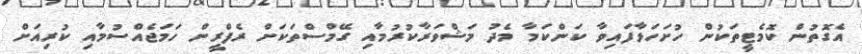
އެގޮތުން ކޮމެޓީތަކުން ހުށަހަޅާފައިވާ ކަންކަމާ މެދު މަޝްވަރާކުރުމާއި ގޭމްސްތަކަށް ރެފްރީން ހަމަޖެއްސުމާއި ކުރިއަށް